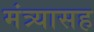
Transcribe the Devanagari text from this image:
मंत्र्यासह